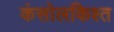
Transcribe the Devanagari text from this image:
कंसोलकिश्त